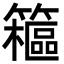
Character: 䉩